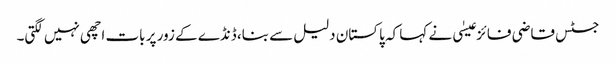
جسٹس قاضی فائز عیسٰی نے کہا کہ پاکستان دلیل سے بنا، ڈنڈے کے زور پر بات اچھی نہیں لگتی۔